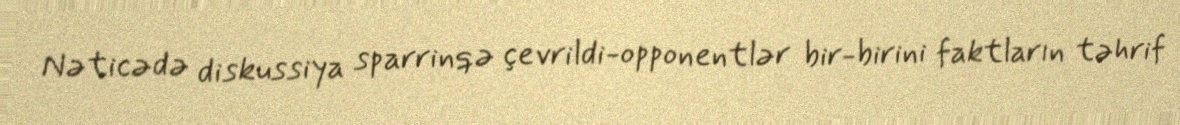
Nəticədə diskussiya sparrinqə çevrildi-opponentlər bir-birini faktların təhrif